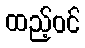
ထည့်ဝင်